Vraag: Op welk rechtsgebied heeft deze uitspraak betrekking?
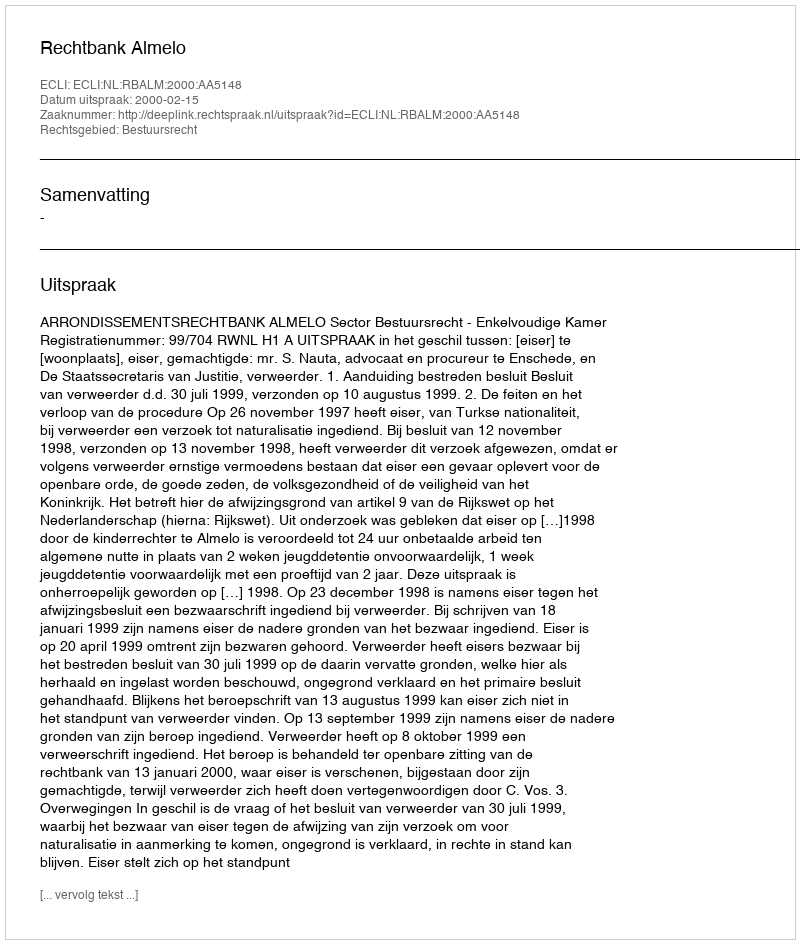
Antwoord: Bestuursrecht